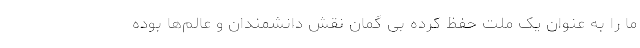
ما را به عنوان یک ملت حفظ کرده بی گمان نقش دانشمندان و عالم‌ها بوده